Scottish Certificate of Education, 1962
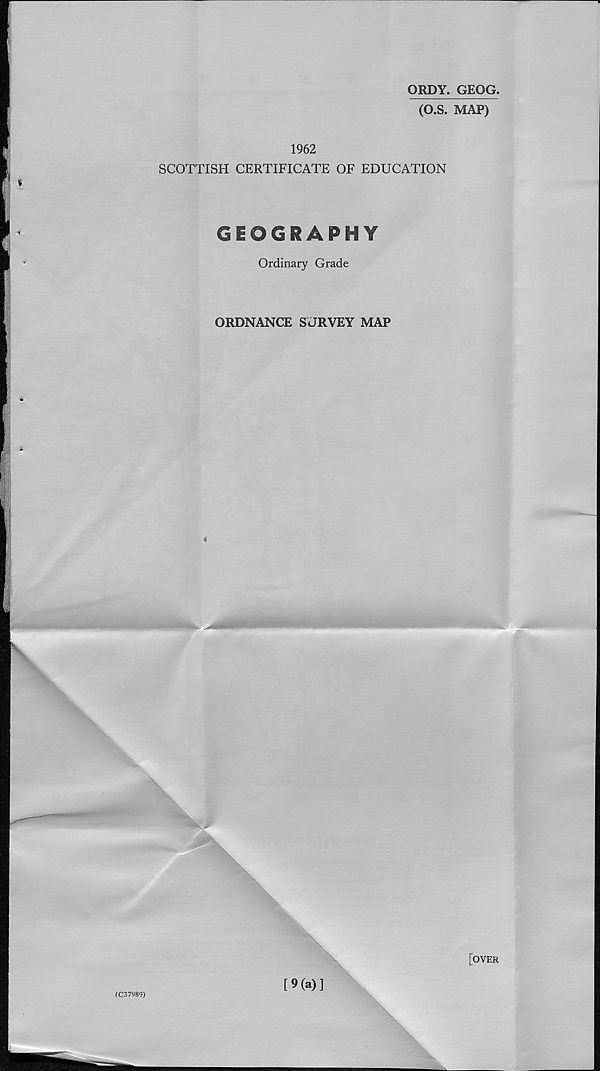
ORDY. GEQG.
(O.S. MAP)
1962
SCOTTISH CERTIFICATE OF EDUCATION
GEOGRAPHY
Ordinary Grade
ORDNANCE SURVEY MAP
[OVER
(C37989)
[9(a)]